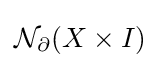
{\mathcal {N}}_{\partial }(X\times I)